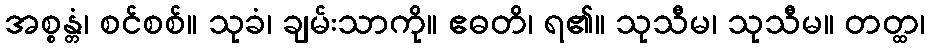
အစ္စန္တံ၊ စင်စစ်။ သုခံ၊ ချမ်းသာကို။ ဧဓတိ၊ ရ၏။ သုသီမ၊ သုသီမ။ တတ္ထ၊